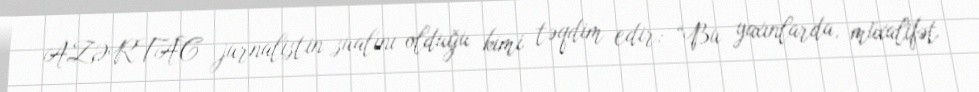
AZƏRTAC jurnalistin sualını olduğu kimi təqdim edir: “Bu yaxınlarda, müxalifət